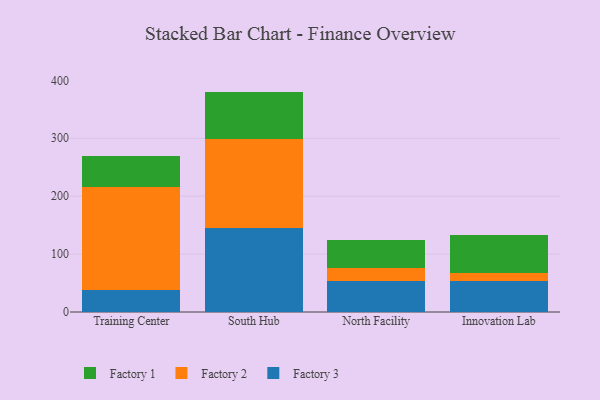
{"axis": {"x": "Campus", "y": "Latency (ms)"}, "legend": ["Factory 1", "Factory 2", "Factory 3"], "data": [{"x": "Training Center", "y": 38.2, "type": "Factory 3"}, {"x": "Training Center", "y": 177.3, "type": "Factory 2"}, {"x": "Training Center", "y": 54.6, "type": "Factory 1"}, {"x": "South Hub", "y": 145.3, "type": "Factory 3"}, {"x": "South Hub", "y": 153.6, "type": "Factory 2"}, {"x": "South Hub", "y": 81.7, "type": "Factory 1"}, {"x": "North Facility", "y": 53.2, "type": "Factory 3"}, {"x": "North Facility", "y": 22.7, "type": "Factory 2"}, {"x": "North Facility", "y": 48.1, "type": "Factory 1"}, {"x": "Innovation Lab", "y": 54.3, "type": "Factory 3"}, {"x": "Innovation Lab", "y": 12.7, "type": "Factory 2"}, {"x": "Innovation Lab", "y": 65.6, "type": "Factory 1"}]}